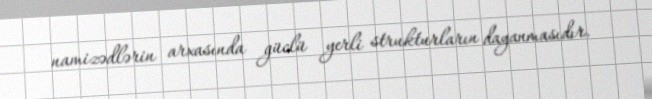
namizədlərin arxasında güclü yerli strukturların dayanmasıdır.